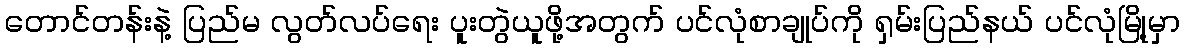
တောင်တန်းနဲ့ ပြည်မ လွတ်လပ်ရေး ပူးတွဲယူဖို့အတွက် ပင်လုံစာချုပ်ကို ရှမ်းပြည်နယ် ပင်လုံမြို့မှာ